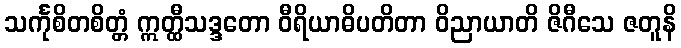
သင်္ကုစိတစိတ္တံ ဣတ္ထီသဒ္ဒတော ဝီရိယာဓိပတိတာ ဝိညာယာတိ ဇိဂီသေ ဇတူနိ